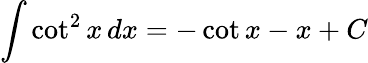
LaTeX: \int\cot^{2}x\, dx=-\cot x-x+C